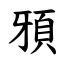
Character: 䪵